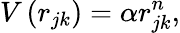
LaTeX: V\left(r_{jk}\right)=\alpha r_{jk}^{n},